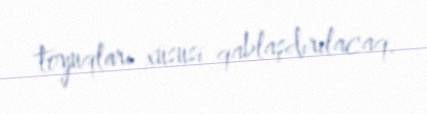
toyuqları xüsusi qablaşdırılacaq.